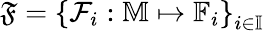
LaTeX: \mathfrak{F}=\left\{ \mathcal{F}_{i}:\mathbb{M}\mapsto\mathbb{F}_{i}\right\} _{i\in\mathbb{I}}